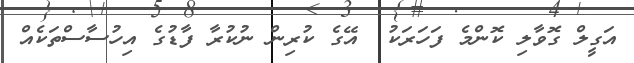
އަގީލް ގޮވާލި ކޮންމެ ފަހަރަކު  އޭގެ ކުރިން ނުކުރާ ފާޑުގެ އިހުސާސްތަކެއް